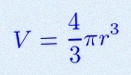
V=\frac43\pi r^3